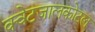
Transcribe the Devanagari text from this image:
क्वेटजालकोटल